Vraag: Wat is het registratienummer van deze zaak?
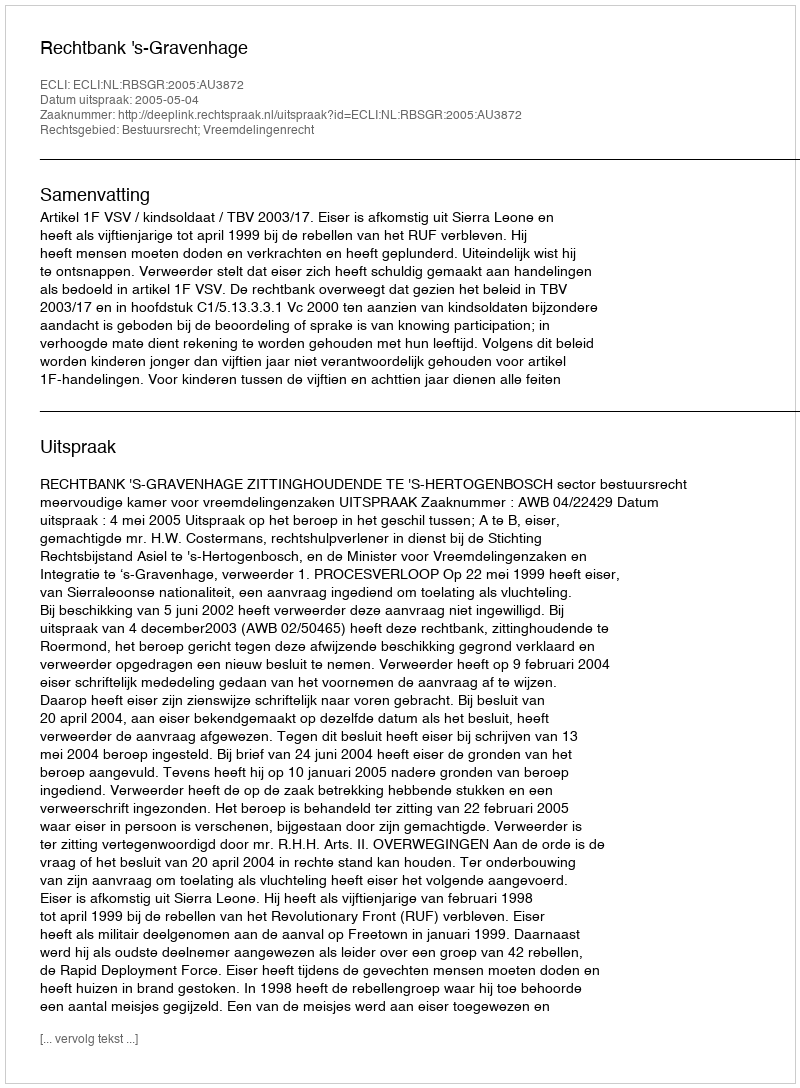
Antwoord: http://deeplink.rechtspraak.nl/uitspraak?id=ECLI:NL:RBSGR:2005:AU3872